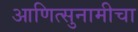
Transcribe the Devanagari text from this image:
आणित्सुनामीचा